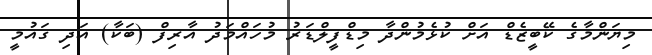
މިޔަންމާގެ ކޭބީޒެޑް އަށް ކުޅެމުންދާ މިޑްފީލްޑަރު މުހައްމަދު އާރިފް (ބަކާ) އަދި ގައުމީ